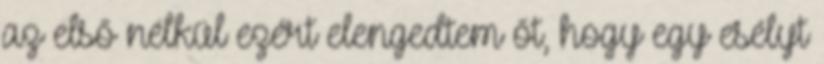
az első nélkül ezért elengedtem őt, hogy egy esélyt